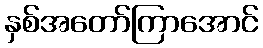
နှစ်အတော်ကြာအောင်